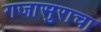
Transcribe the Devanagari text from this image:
गजासुराचा